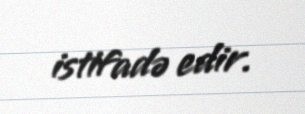
istifadə edir.